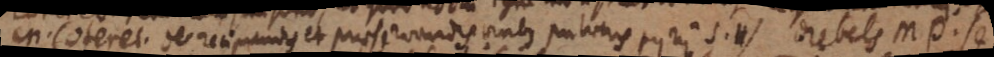
M. Coterel. De recipiendis et praeservandis viribus pulveris pyrii S.H) Drebels m. p. se